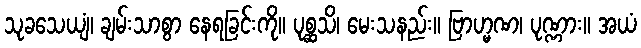
သုခသေယျံ၊ ချမ်းသာစွာ နေရခြင်းကို။ ပုစ္ဆသိ၊ မေးသနည်း။ ဗြာဟ္မဏ၊ ပုဏ္ဏား။ အယံ